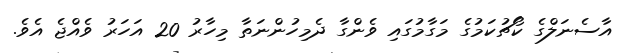
އާސެނަލްގެ ކޯޗުކަމުގެ މަގާމުގައި ވެންގާ ދެމިހުންނަތާ މިހާރު 20 އަހަރު ވެއްޖެ އެވެ.